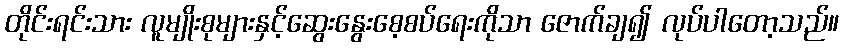
တိုင်းရင်းသား လူမျိုးစုများနှင့်ဆွေးနွေးစေ့စပ်ရေးကိုသာ ဇောက်ချ၍ လုပ်ပါတော့သည်။